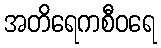
အတိရေကစီဝရေ